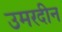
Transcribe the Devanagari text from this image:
उमरदीन